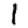
Digit: 1